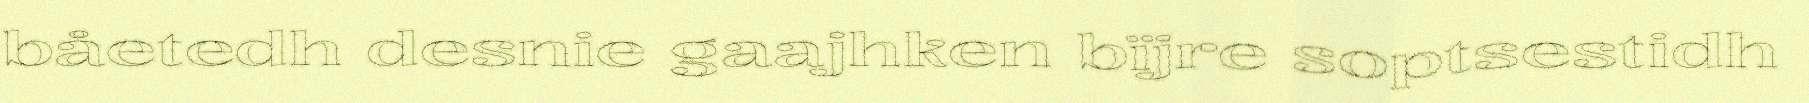
båetedh desnie gaajhken bïjre soptsestidh